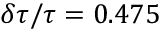
\delta \tau / \tau = 0 . 4 7 5